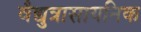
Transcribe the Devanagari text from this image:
वैद्युत्रासायनिक